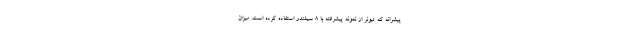
پیشرانه که تیونر از نمونه پیشرفته با 8 سیلندر استفاده کرده است. میزان